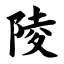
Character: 陵